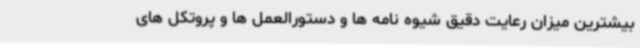
بیشترین میزان رعایت دقیق شیوه نامه ها و دستورالعمل ها و پروتکل های